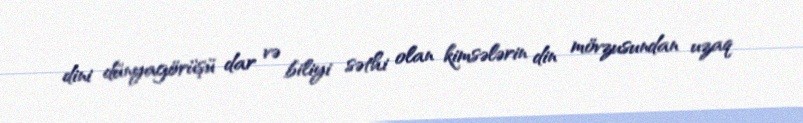
dini dünyagörüşü dar və biliyi səthi olan kimsələrin din mövzusundan uzaq